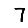
Digit: 7